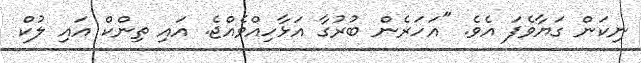
ނިކަން ގަޔާވެފަ އެވެ. "އަހަރެން ބުރުގާ އަޅާހިއްވެއްޖެ. އައި ތިންކް އައި ލުކް